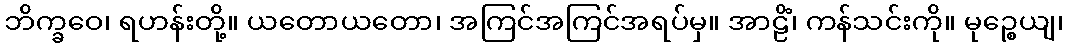
ဘိက္ခဝေ၊ ရဟန်းတို့။ ယတောယတော၊ အကြင်အကြင်အရပ်မှ။ အာဠိံ၊ ကန်သင်းကို။ မုဉ္စေယျ၊